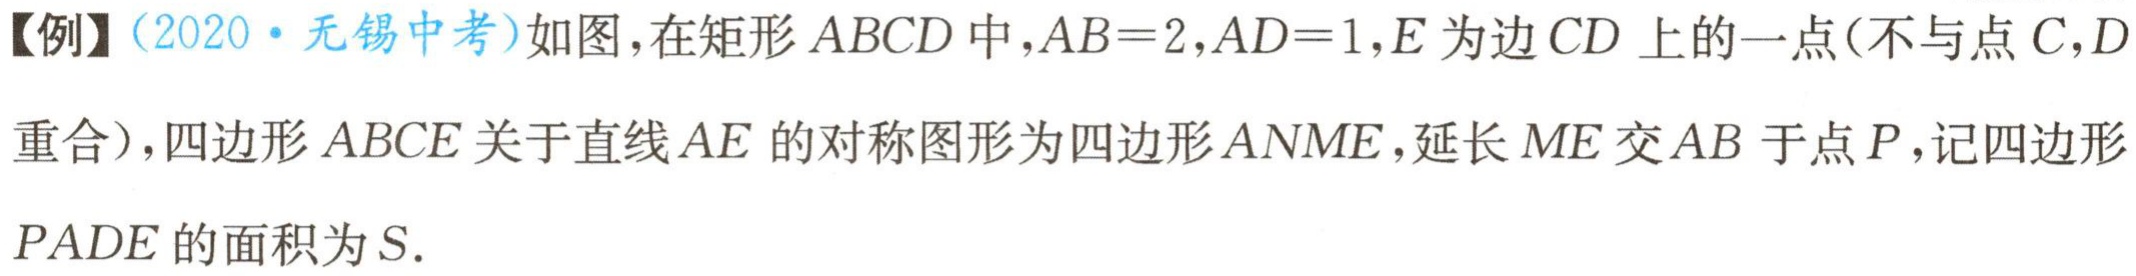
【例】(2020·无锡中考)如图，在矩形\(ABCD\)中，\(AB = 2\)，\(AD = 1\)，\(E\)为边\(CD\)上的一点(不与点\(C,D\)重合)，四边形\(ABCE\)关于直线\(AE\)的对称图形为四边形\(ANME\)，延长\(ME\)交\(AB\)于点\(P\)，记四边形\(PADE\)的面积为\(S\).